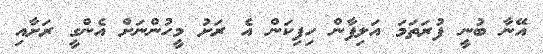
އޭނާ ބުނީ ފުރަތަމަ އަލިފާން ހިފިކަން އެ ރަށު މީހުންނަށް އެންގީ ރަށާއި